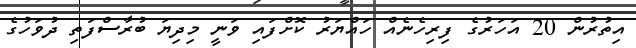
އިތުރުން 20 އަހަރުގެ ފިރިހެނެއް ހައްޔަރު ކޮށްފައި ވަނީ މިދިޔަ ބުރާސްފަތި ދުވަހުގެ